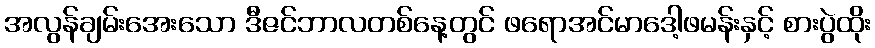
အလွန်ချမ်းအေးသော ဒီဇင်ဘာလတစ်နေ့တွင် ဖရောအင်မာဒေါ့ဖမန်းနှင့် စားပွဲထိုး